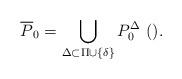
LaTeX: \begin{align*} \overline{P}_{0}=\bigcup_{\Delta \subset \Pi \cup \{\delta\}} P_{0}^{\Delta} \ ().\end{align*}